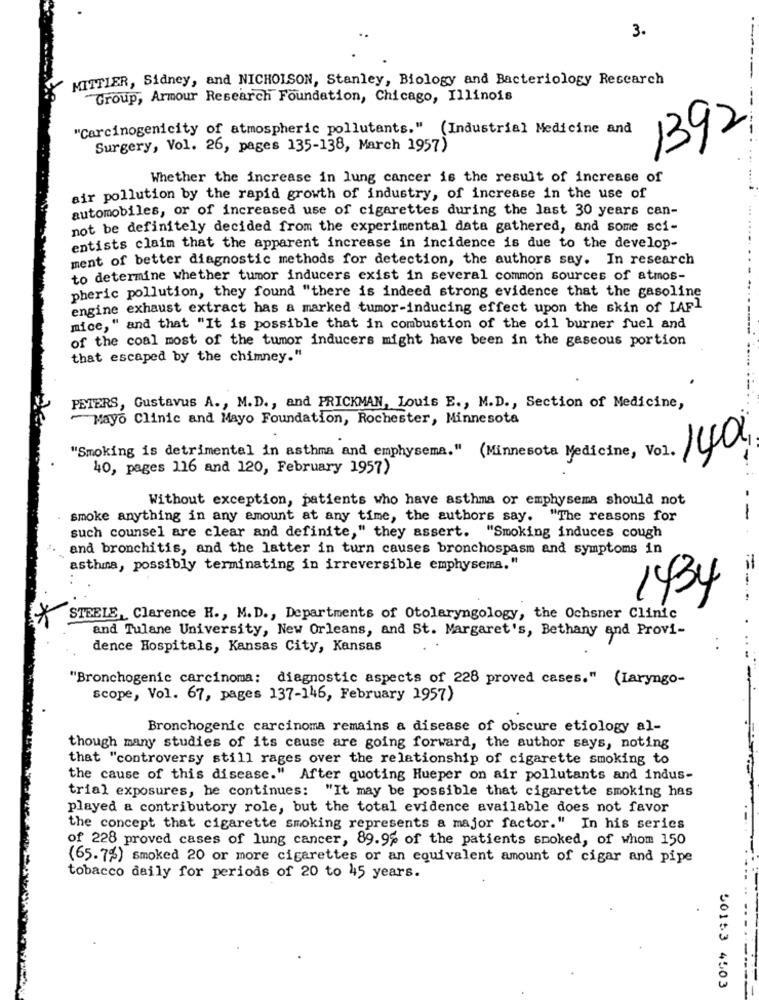
3.
MITTLER, Sidney, and NICHOLSON, Stanley, Biology and Bacteriology Research
Group, Armour Research Foundation, Chicago, Illinois
---
"Carcinogenicity of atmospheric pollutants." (Industrial Medicine and
1392
Surgery, Vol. 26, pages 135-138, March 1957)
Whether the increase in lung cancer is the result of increase of
air pollution by the rapid growth of industry, of increase in the use of
automobiles, or of increased use of cigarettes during the last 30 years can-
not be definitely decided from the experimental data gathered, and some sci-
entists claim that the apparent increase in incidence is due to the develop-
ment of better diagnostic methods for detection, the authors say. In research
to determine whether tumor inducers exist in several common sources of atmos-
pheric pollution, they found "there is indeed strong evidence that the gasoline
engine exhaust extract has a marked tumor-inducing effect upon the skin of LAF1
mice," and that "It is possible that in combustion of the oil burner fuel and
of the coal most of the tumor inducers might have been in the gaseous portion
that escaped by the chimney."
PETERS, Gustavus A ., M.D ., and PRICKMAN, Louis E ., M.D ., Section of Medicine,
Mayo Clinic and Mayo Foundation, Rochester, Minnesota
140%
"Smoking is detrimental in asthma and emphysema." (Minnesota Medicine, Vol.
40, pages 116 and 120, February 1957)
Without exception, patients who have asthma or emphysema should not
smoke anything in any amount at any time, the authors say. "The reasons for
-
such counsel are clear and definite," they assert. "Smoking induces cough
and bronchitis, and the latter in turn causes bronchospasm and symptoms in
asthma, possibly terminating in irreversible emphysema."
1434
...
STEELE, Clarence H ., M.D ., Departments of Otolaryngology, the Ochsner Clinic
and Tulane University, New Orleans, and St. Margaret's, Bethany and Provi-
dence Hospitals, Kansas City, Kansas
"Bronchogenic carcinoma: diagnostic aspects of 228 proved cases." (Laryngo-
scope, Vol. 67, pages 137-146, February 1957)
Bronchogenic carcinoma remains a disease of obscure etiology al-
though many studies of its cause are going forward, the author says, noting
that "controversy still rages over the relationship of cigarette smoking to
the cause of this disease." After quoting Hueper on air pollutants and indus-
trial exposures, he continues: "It may be possible that cigarette smoking has
played a contributory role, but the total evidence available does not favor
the concept that cigarette smoking represents a major factor." In his serics
of 228 proved cases of lung cancer, 89.9% of the patients smoked, of whom 150
(65.7%) smoked 20 or more cigarettes or an equivalent amount of cigar and pipe
tobacco daily for periods of 20 to 45 years.
---
50153 4503